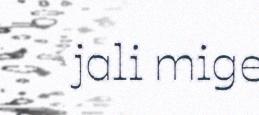
jali mige